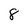
Character: 8